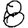
Digit: 8